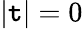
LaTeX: |\mathtt{t}|=0